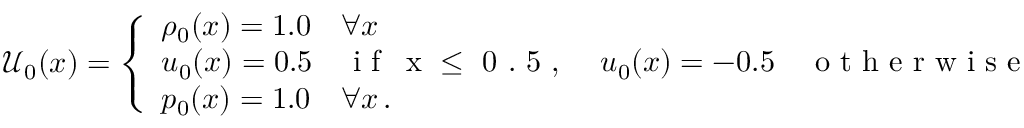
\mathcal { U } _ { 0 } ( x ) = \left\{ \begin{array} { l l } { \rho _ { 0 } ( x ) = 1 . 0 \quad \forall x } \\ { u _ { 0 } ( x ) = 0 . 5 \quad \mathrm { ~ i ~ f ~ \, ~ x ~ \leq ~ 0 ~ . ~ 5 ~ , ~ } \quad u _ { 0 } ( x ) = - 0 . 5 \quad \mathrm { ~ o ~ t ~ h ~ e ~ r ~ w ~ i ~ s ~ e ~ } } \\ { p _ { 0 } ( x ) = 1 . 0 \quad \forall x \, . } \end{array} \right.